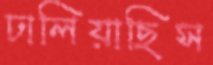
ঢালিয়াছিস